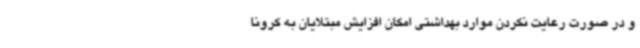
و در صورت رعایت نکردن موارد بهداشتی امکان افزایش مبتلایان به کرونا